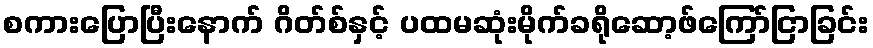
စကားပြောပြီးနောက် ဂိတ်စ်နှင့် ပထမဆုံးမိုက်ခရိုဆော့ဖ်ကြော်ငြာခြင်း